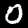
Label: 0